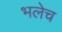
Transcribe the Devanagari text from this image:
भलेच